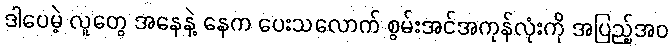
ဒါပေမဲ့ လူတွေ အနေနဲ့ နေက ပေးသလောက် စွမ်းအင်အကုန်လုံးကို အပြည့်အဝ